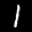
Label: 1